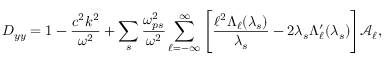
D _ { y y } = 1 - \frac { c ^ { 2 } k ^ { 2 } } { \omega ^ { 2 } } + \sum _ { s } \frac { \omega _ { p s } ^ { 2 } } { \omega ^ { 2 } } \sum _ { \ell = - \infty } ^ { \infty } \Bigg [ \frac { \ell ^ { 2 } \Lambda _ { \ell } ( \lambda _ { s } ) } { \lambda _ { s } } - 2 \lambda _ { s } \Lambda _ { \ell } ^ { \prime } ( \lambda _ { s } ) \Bigg ] \mathcal { A } _ { \ell } ,